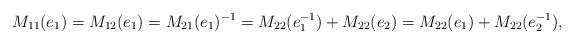
LaTeX: \begin{align*} M_{11}(e_1)= M_{12}(e_1)=M_{21}(e_1)^{-1}=M_{22}(e_1^{-1})+M_{22}(e_2)=M_{22}(e_1)+M_{22}(e_2^{-1}), \end{align*}